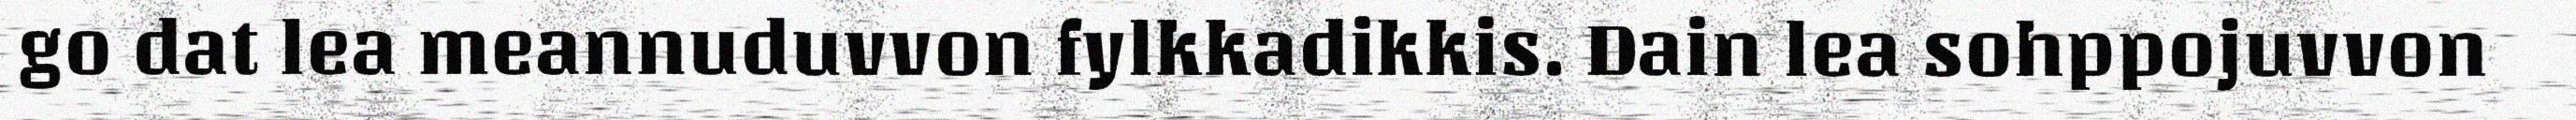
go dat lea meannuduvvon fylkkadikkis. Dain lea sohppojuvvon